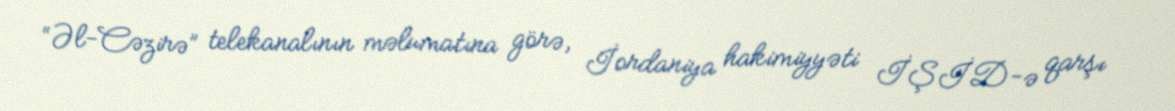
“Əl-Cəzirə” telekanalının məlumatına görə, İordaniya hakimiyyəti İŞİD-ə qarşı